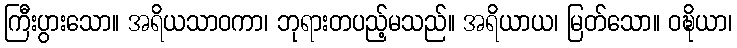
ကြီးပွားသော။ အရိယသာဝကာ၊ ဘုရားတပည့်မသည်။ အရိယာယ၊ မြတ်သော။ ဝဍ္ဎိယာ၊